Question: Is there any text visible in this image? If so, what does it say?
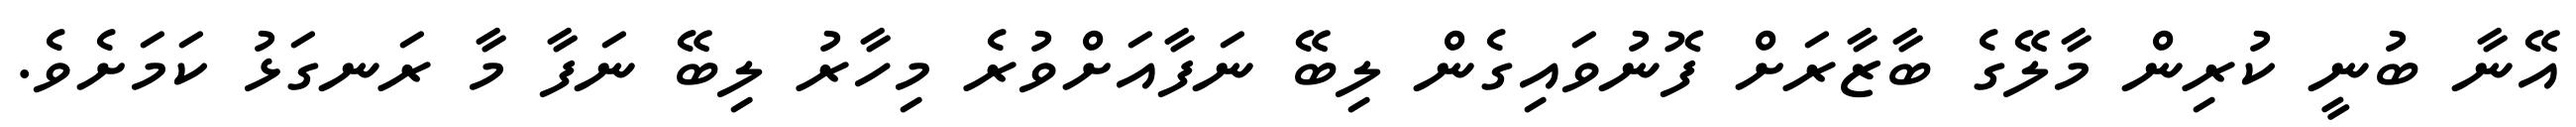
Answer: އޭނާ ބުނީ ކުރިން މާލޭގެ ބާޒާރަށް ފޮނުވައިގެން ލިބޭ ނަފާއަށްވުރެ މިހާރު ލިބޭ ނަފާ މާ ރަނގަޅު ކަމަށެވެ.